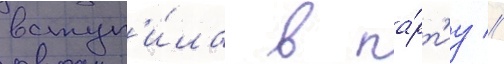
вступ'и́ла в па́рт'иу //